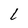
Character: L